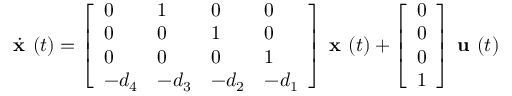
{ \dot { \textbf { x } } } ( t ) = { \left[ \begin{array} { l l l l } { 0 } & { 1 } & { 0 } & { 0 } \\ { 0 } & { 0 } & { 1 } & { 0 } \\ { 0 } & { 0 } & { 0 } & { 1 } \\ { - d _ { 4 } } & { - d _ { 3 } } & { - d _ { 2 } } & { - d _ { 1 } } \end{array} \right] } { \textbf { x } } ( t ) + { \left[ \begin{array} { l } { 0 } \\ { 0 } \\ { 0 } \\ { 1 } \end{array} \right] } { \textbf { u } } ( t )